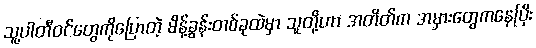
သူ့ပါတီဝင်တွေကိုပြောတဲ့ မိန့်ခွန်းတစ်ခုထဲမှာ သူတို့ဟာ အတိတ်က အမှားတွေကနေပြီး